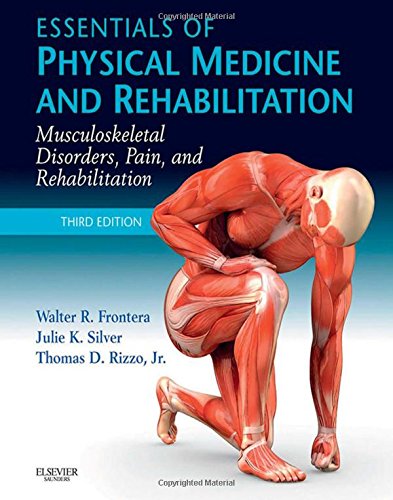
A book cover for Essentials of Physical Medicine and Rehabilitation: Musculoskeletal Disorders, Pain, and Rehabilitation, 3e; Walter R. Frontera MD  PhD; Medical Books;